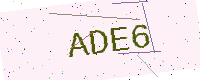
Text: ADE6